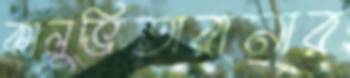
কালুভিতারানার